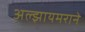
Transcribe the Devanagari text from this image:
अल्झायमराने